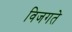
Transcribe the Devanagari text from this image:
विजगते